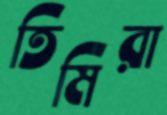
তিমিরা